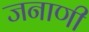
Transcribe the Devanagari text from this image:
जनाणी